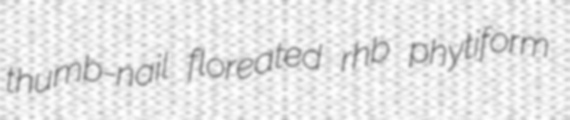
thumb-nail floreated rhb phytiform